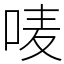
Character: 唛